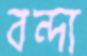
বন্দ্য